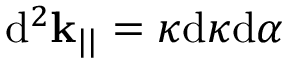
\mathrm { d } ^ { 2 } \mathbf { k } _ { | | } = \kappa \mathrm { d } \kappa \mathrm { d } \alpha